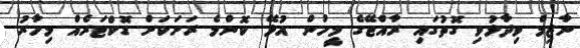
ނާޒިމް ވިދާޅުވި ގޮތުގައި ރާއްޖޭގެ މީހުން އުޅޭ ކޮންމެ ރަށަކަށް ޑޮކްޓަރެއް މިހާރު